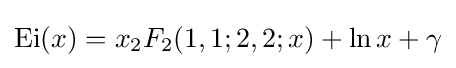
\operatorname {Ei} (x)=x{}_{2}F_{2}(1,1;2,2;x)+\ln x+\gamma